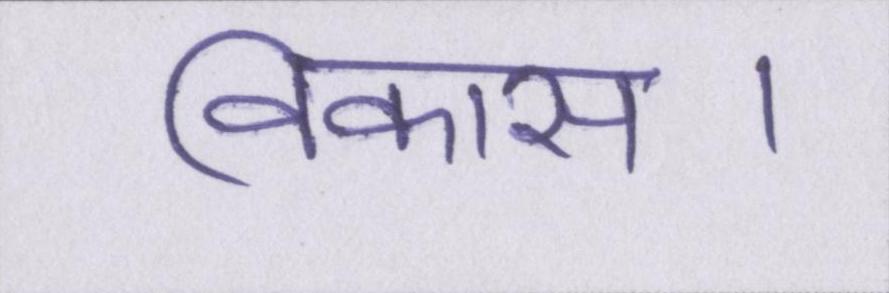
विकास।